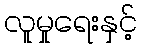
လူမှုရေးနှင့်